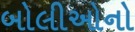
બોલીઓનો